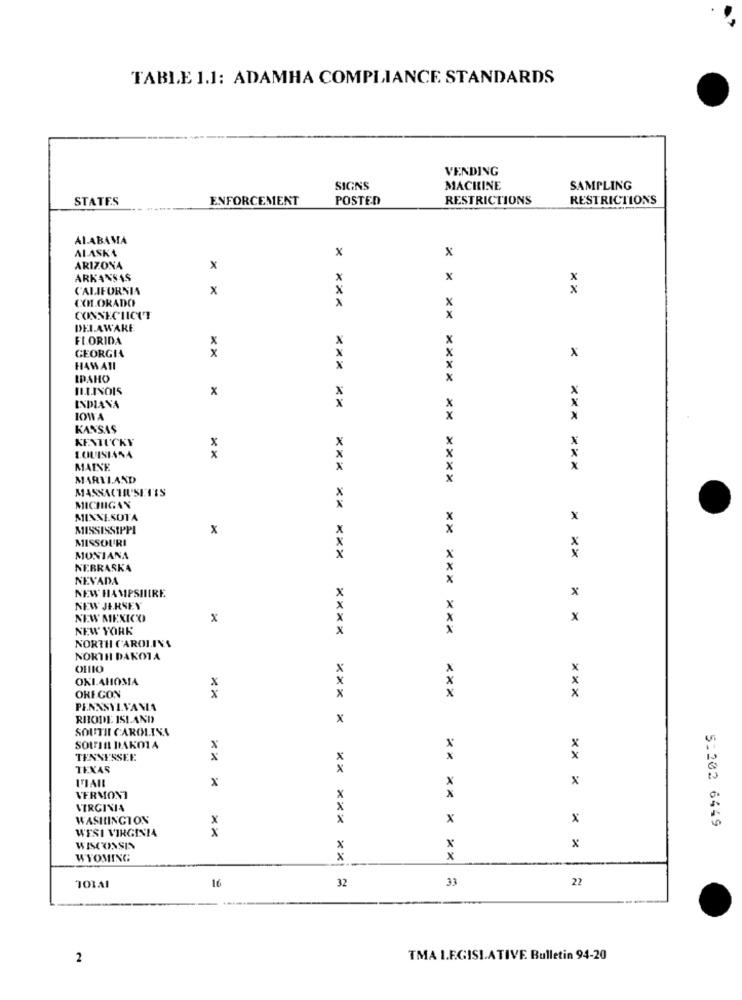
TABLE 1.1: ADAMHA COMPLIANCE STANDARDS
VENDING
SIGNS
MACHINE
SAMPLING
STATES
ENFORCEMENT
POSTED
RESTRICTIONS
RESTRICTIONS
ALABAMA
ALASKA
x
x
ARIZONA
x
ARKANSAS
x
CALIFORNIA
x
x
COLORADO
x
x
CONNECTICUT
x
DELAWARE
FLORIDA
x
x
GEORGIA
x
x
HAWAII
x
IDAHO
x
x
INDIANA
X
x
x
IOWA
x
KANSAS
KENTUCKY
LOUISIANA
MAINE
*** ***
MARYLAND
MASSACHUSETTS
MICHIGAN
MINNESOTA
x
MISSISSIPPI
x
MISSOURI
MONIANA
*** ** ***
NEBRASKA
NEVADA
NEW HAMPSHIRE
x
NEW JERSEY
NEW MEXICO
x
x
NEW YORK
** *** ***
NORTH CAROLINA
****
NORTH DAKOTA
OHIO
x
OKLAHOMA
x
OREGON
xx
x
x
***
PENNSYLVANIA
RHODE ISLAND
x
SOUTH CAROLINA
SOUTH DAKOTA
x
TENNESSEE
x
TEXAS
XX
VIAIL
x
X
x
x
VERMONT
VIRGINIA
WASHINGTON
x
x
WESI VIRGINIA
5:202 6449
WISCONSIN
x
x
WYOMING
x
x
33
22
101AI
16
32
2
TMA I.E.GISI.ATIVE Bulletin 94-20